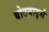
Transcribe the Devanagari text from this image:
बोटयार्ड्स